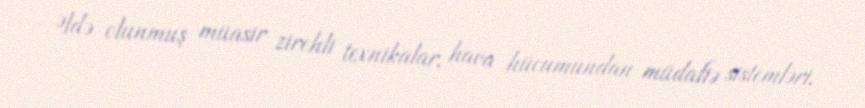
Əldə olunmuş müasir zirehli texnikalar, hava hücumundan müdafiə sistemləri,